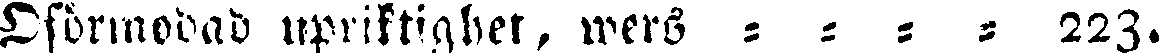
Oförmodad upriktighet, wers - - - - 223.